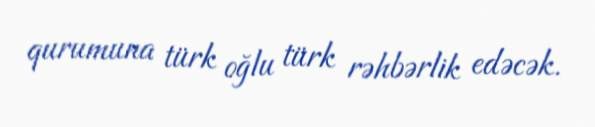
qurumuna türk oğlu türk rəhbərlik edəcək.